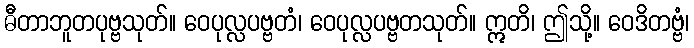
ဓီတာဘူတပုဗ္ဗသုတ်။ ဝေပုလ္လပဗ္ဗတံ၊ ဝေပုလ္လပဗ္ဗတသုတ်။ ဣတိ၊ ဤသို့။ ဝေဒိတဗ္ဗံ၊